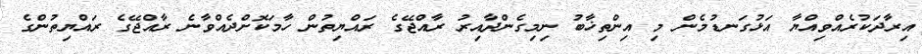
އިރާދަކުރެއްވިއްޔާ އަޅުގަނޑުމެން މި އިންތިޚާބު ނިމިގެންދާއިރު ރާއްޖޭގެ ރައްޔިތުން ހާމަކޮށްދެއްވާނެ ރާއްޖޭގެ ރައްޔިތުންގެ